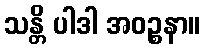
သန္တိ ပါဒါ အဝဉ္စနာ။